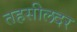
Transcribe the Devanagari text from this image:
तहसीलदर